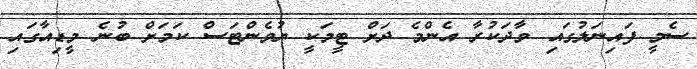
ސެމީ ފައިނަލުގައި ވާދަކުރާ އެންމެ ދަށް ޓީމަކީ ޔުވެންޓަސް ކަމަށް ބުނެ މީޑިއާގައި